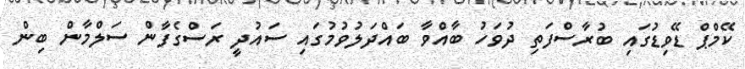
ކޭމްޕް ޑޭވިޑުގައި ބުރާސްފަތި ދުވަހު ބާއްވާ ބައްދަލުވުމުގައި ސައުދީ ރަސްގެފާން ސަލްމާން ބިން